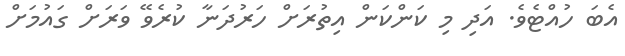
އެބަ ހުއްޓެވެ. އަދި މި ކަންކަން އިތުރަށް ހަރުދަނާ ކުރެވޭ ވަރަށް ގައުމަށް